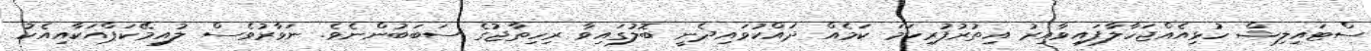
ސްޓައިލިޝް ހުޅިއެއްޖަހާލާފައިވާއިރު އިތުރުފުރިހަމަ ކަމެއް ދައްކުވައިދެނީ ބޮލުގައިވާ ރިހިތާޖުގެ ސަބަބުންނެވެ. ނަވާރުވެސް ލުއިމޭކަޕްއަކާއިއެކު